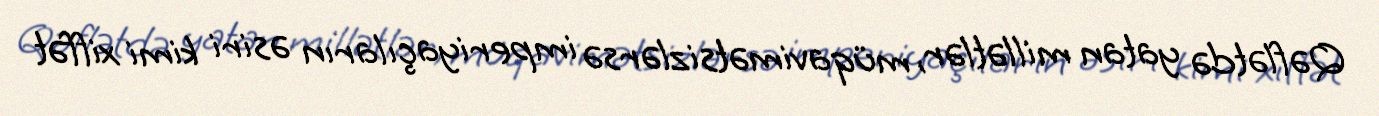
Qəflətdə yatan millətlər, müqavimətsizlərsə imperiyaçıların əsiri kimi xiffət